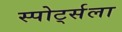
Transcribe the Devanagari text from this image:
स्पोर्ट्सला